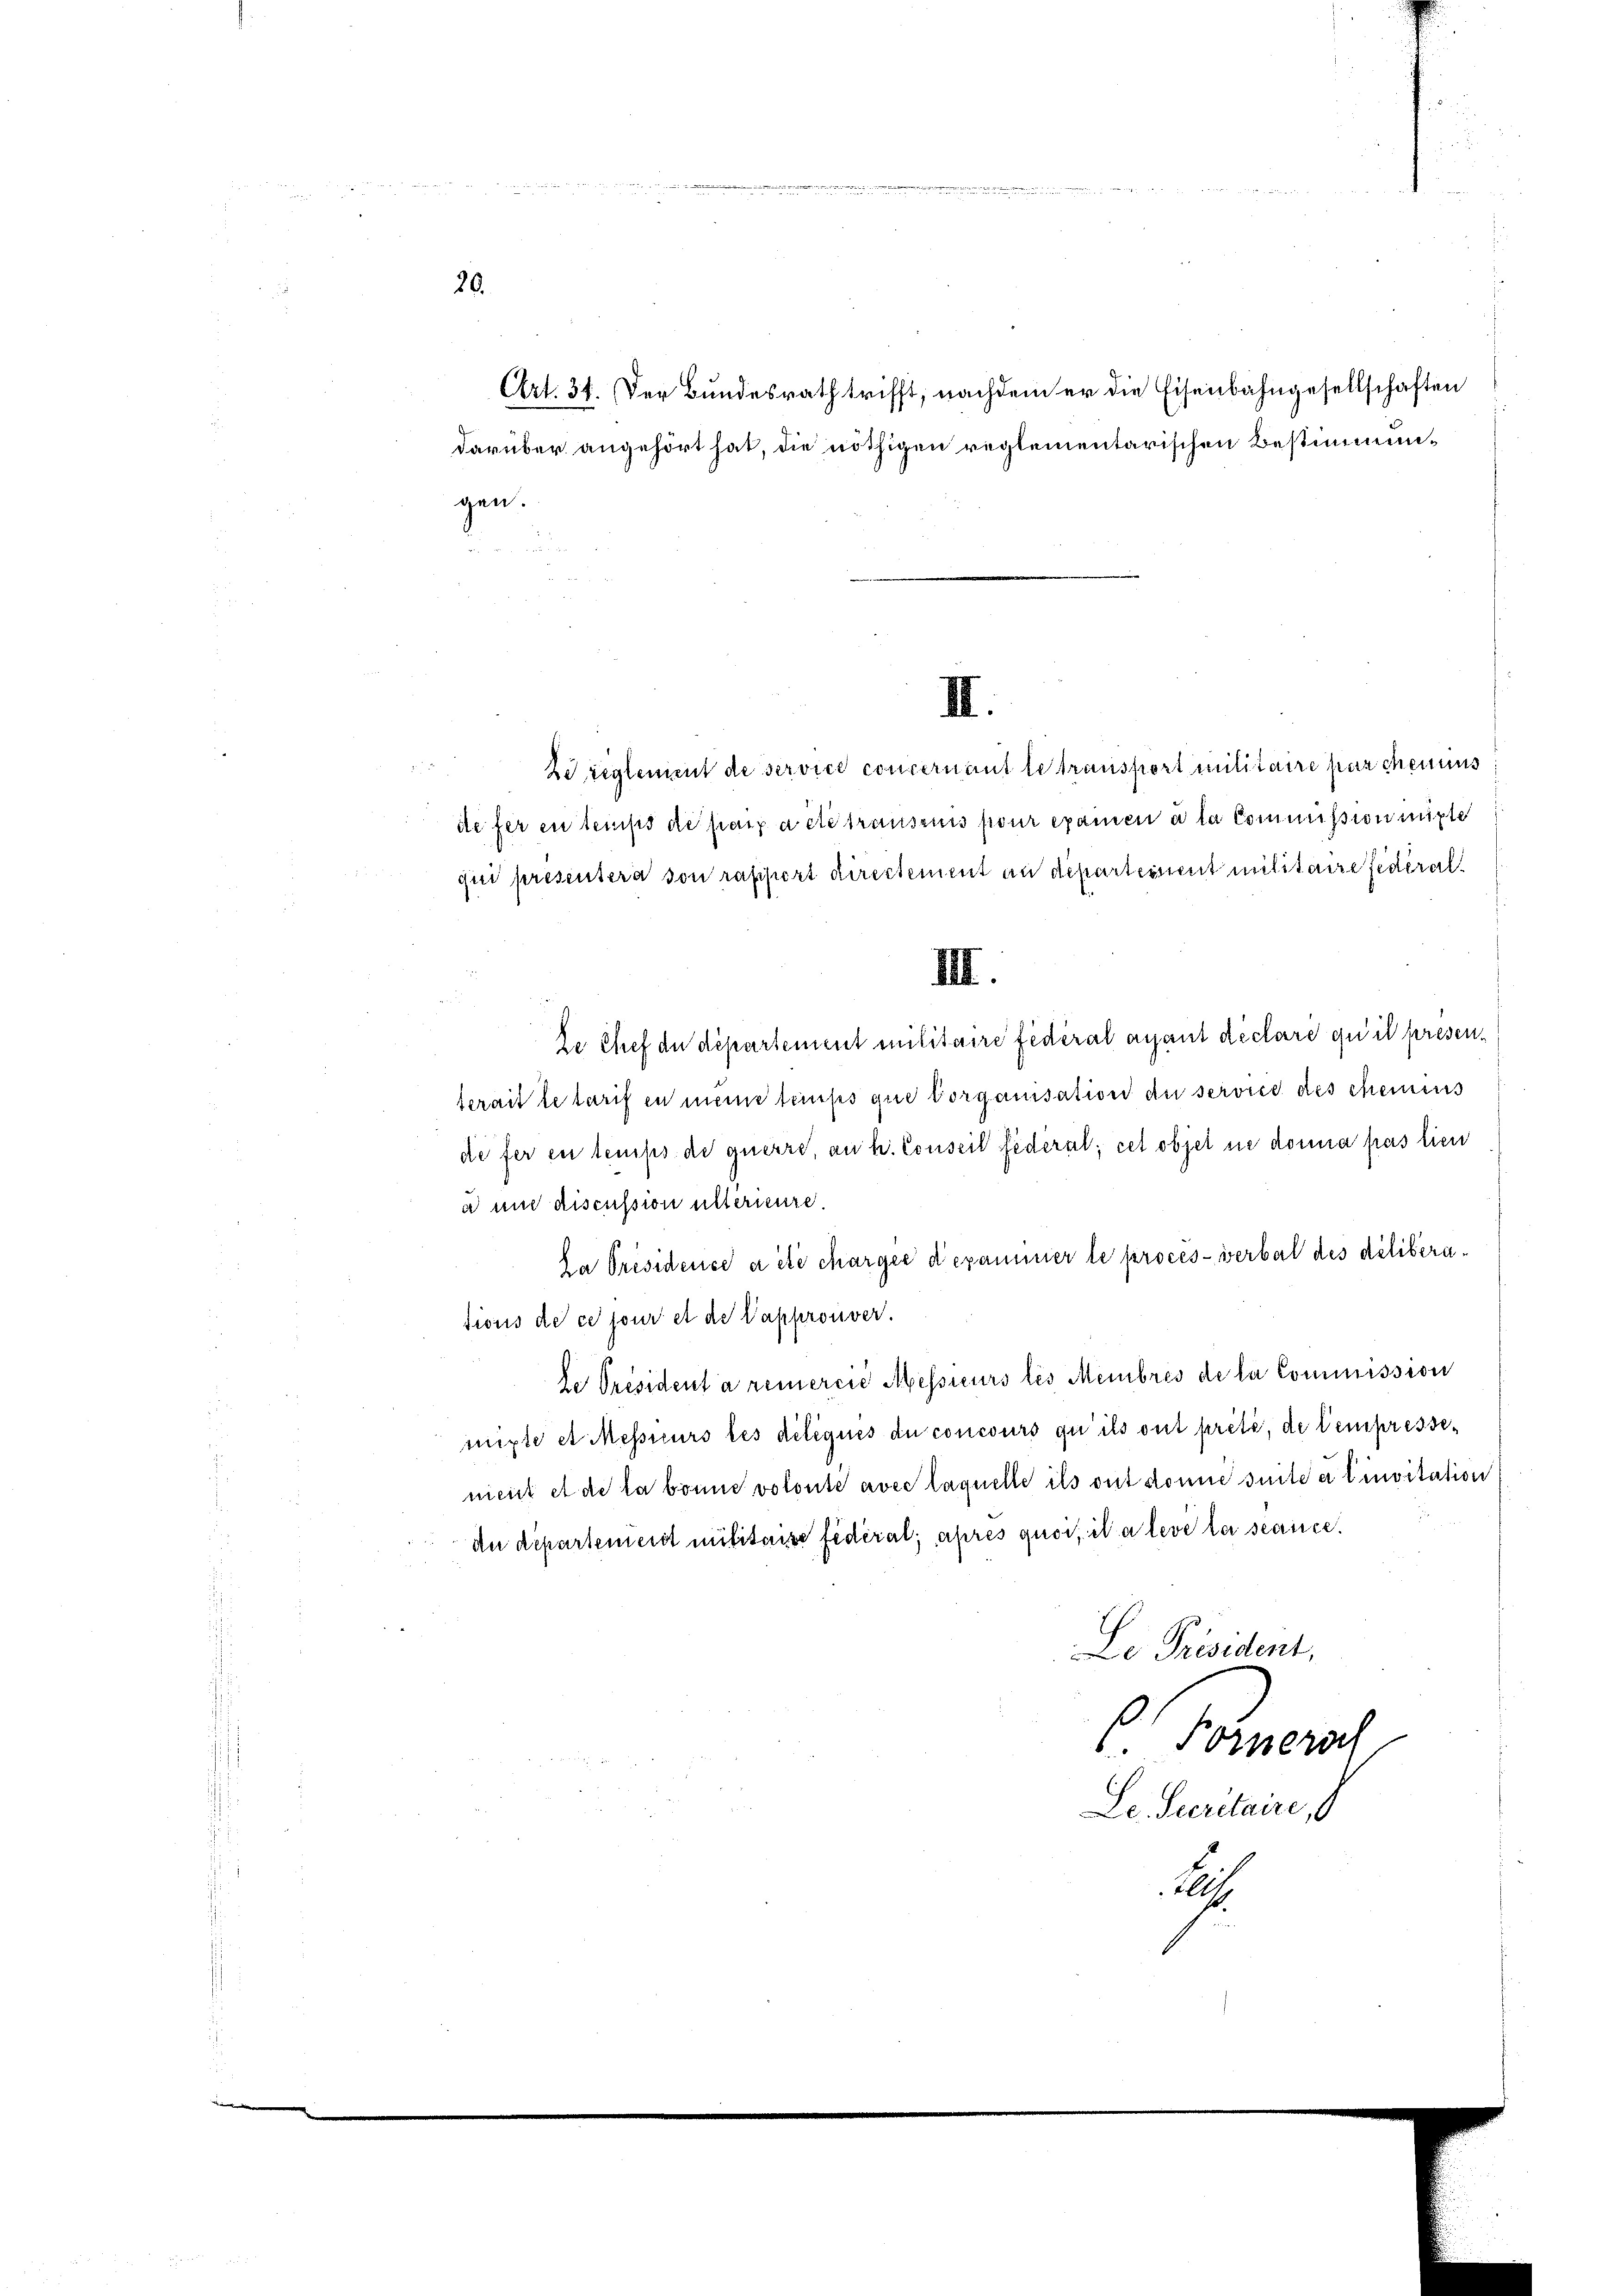
20.

Art. 31. Der Bundesrath trifft, nachdem er die Eisenbahngesellschaften
darüber angehört hat, die nöthigen reglementarischen Bestimmungen.

ze reglement de service concernant le transport militaire par chemius
defer en temps de paix acte trausreis pour examen a la Commission mitte
quer presentera von rafisiert directement an departement militaire fideral¬
III.
Le Chef du département militaire fédéral anant déclare qu’il presenserait letarifen meine tauses que vorganisation de servied des chemis
diefer en temps de querre, an h. Conseil fédéral; cet objet ne donna pas lien
a und discussion unterieure.
Da Présidence a été chargée d’examiner le procès-verbal des délibérations de ce jour et de Vapprouver.
he Président a remercić Messieurs les Membres de la Commission
mixte et Messeurs les déliques die concours qu’ils ont prêté, de tempressenient et de la bonne volonté avec laquelle ils ont donne suite a linvitation
de departement mititaire fédéral; apres quoi, ita leve la séance.
Le Präsident,
 Fornersch
Le. Secretaire, d
1

II.